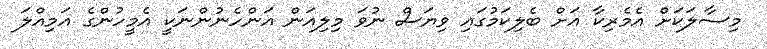
މިސާލަކަށް އެމެރިކާ އަށް ބެލިކަމުގައި ވިޔަސް ނުވަ މިލިއަން އަންހެނުންނަކީ އެމީހުންގެ އަމިއްލަ